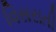
વિસરાતી